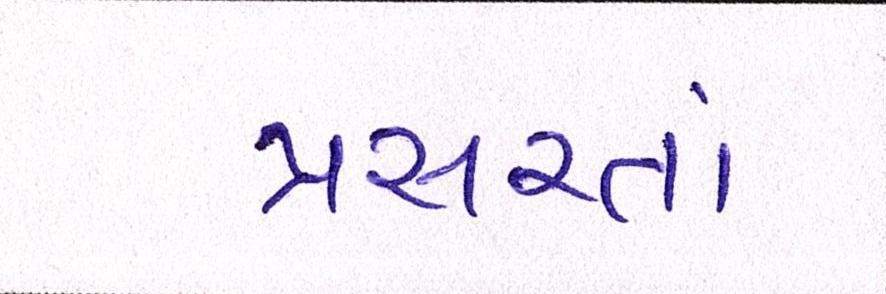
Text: પ્રસરતાં